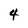
Character: 4